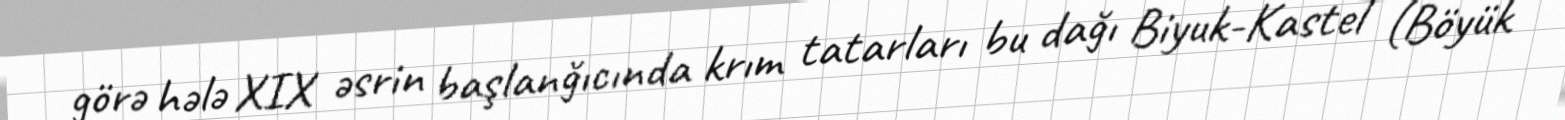
görə hələ XIX əsrin başlanğıcında krım tatarları bu dağı Biyuk-Kastel (Böyük